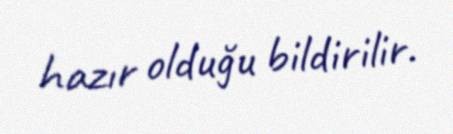
hazır olduğu bildirilir.